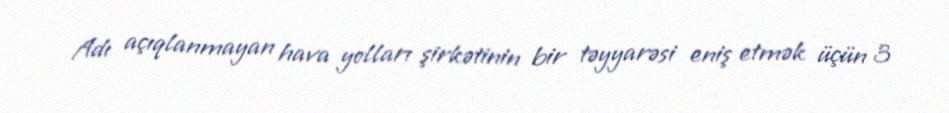
Adı açıqlanmayan hava yolları şirkətinin bir təyyarəsi eniş etmək üçün 3